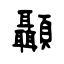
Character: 顳